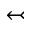
\leftarrowtail